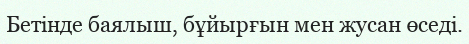
Бетінде баялыш, бұйырғын мен жусан өседі.